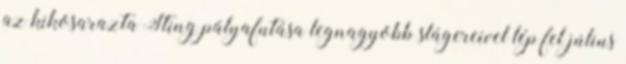
az kikosarazta Sting pályafutása legnagyobb slágereivel lép fel július